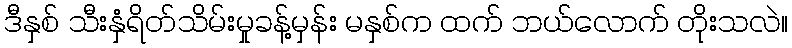
ဒီနှစ် သီးနှံရိတ်သိမ်းမှုခန့်မှန်း မနှစ်က ထက် ဘယ်လောက် တိုးသလဲ။